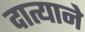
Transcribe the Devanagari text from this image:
दात्याने